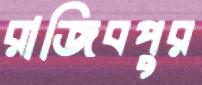
রাজিবপুর